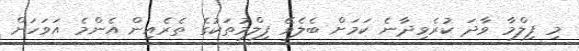
މި ފިލްމާ ވާދަ ކުރެވިދާނެ ކަމަށް ބެލެވޭ ފިލްމުތަކުގެ ތެރެއިން އެންމެ އަވަހަށް